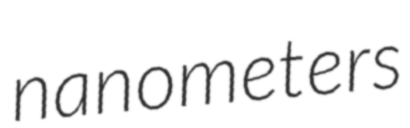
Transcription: nanometers